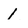
Character: 1